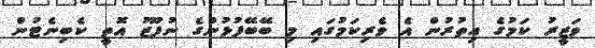
ވަޒީރު ކަމުގެ އިތުރުން އެ ވެރިކަމުގައި މި ބޭބޭފުޅުންގެ ނުފޫޒު އޮތީ ކެބިނެޓުން